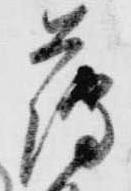
薄